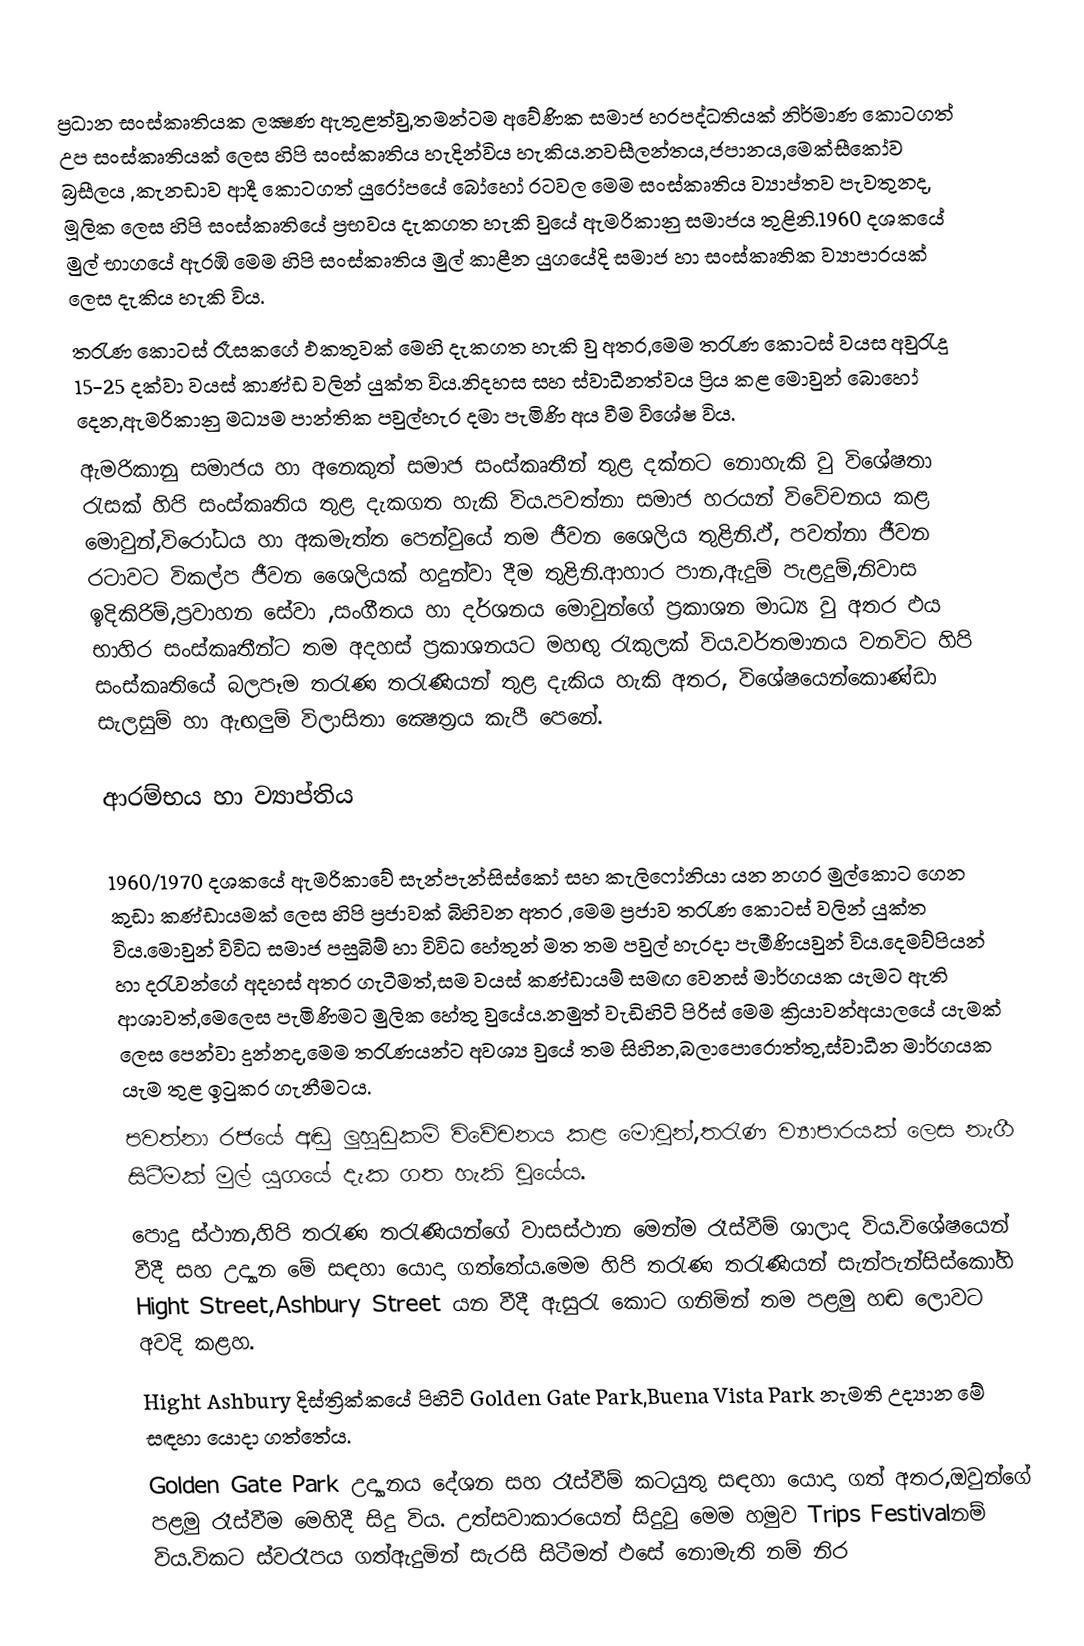
ප්‍රධාන සංස්කෘතියක ලක්‍ෂණ ඇතුළත්වු,තමන්ටම අවේණික සමාජ හරපද්ධතියක් නිර්මාණ කොටගත් උප සංස්කෘතියක් ලෙස හිපි සංස්කෘතිය හැදින්විය හැකිය.නවසීලන්තය,ජපානය,මෙක්සීකෝව  බ්‍රසීලය ,කැනඩාව ආදී කොටගත් යුරෝපයේ ‍බෝහෝ රටවල මෙම සංස්කෘතිය  ව්‍යාප්තව පැවතුනද, මූලික ලෙස හිපි සංස්කෘති‍යේ ප්‍රභවය දැකගත හැකි වුයේ ඇමරිකානු සමාජය තුළිනි.1960 දශකයේ මුල් භාගයේ ඇරඹි මෙම හිපි සංස්කෘතිය මුල් කාළීන යුගයේදි සමාජ හා සංස්කෘතික ව්‍යාපාරයක් ලෙස දැකිය හැකි විය.
තරැණ කොටස් රෑසකගේ ඵකතුවක් මෙහි දැකගත හැකි වු අතර,මෙම තරැණ කොටස් වයස අවුරැදු 15-25 දක්වා වයස් කාණ්ඩ වලින් යුක්ත විය.නිදහස සහ ස්වාධීනත්වය ප්‍රිය කළ මොවුන් බොහෝ දෙන,ඇමරිකානු මධ්‍යම පාන්තික පවුල්හැර දමා පැමිණි අය වීම විශේෂ විය.
ඇමරිකානු සමාජය හා අනෙකුත් සමාජ සංස්කෘතීන් තුළ දක්නට නොහැකි වු විශේෂතා රැසක් හිපි සංස්කෘතිය තුළ දැකගත හැකි විය.පවත්නා සමාජ හරයන් විවේචනය කළ මොවුන්,විරෝධය හා අකමැත්ත පෙන්වුයේ තම ජීවන ශෛලිය තුළිනි.ඵ්, පවත්නා ජීවන රටාවට විකල්ප ජීවන ශෛලියක් හදුන්වා දීම තුළිනි.ආහාර පාන,ඇදුම් පැළදුම්,නිවාස ඉදිකිරිම්,ප්‍රවාහන සේවා ,සංගීතය හා දර්ශනය මොවුන්ගේ ප්‍රකාශන මාධ්‍ය වු අතර ඵය භාහිර සංස්කෘතීන්ට තම අදහස් ප්‍රකාශනයට මහඟු රැකුලක් විය.වර්තමානය වනවිට හිපි සංස්කෘතියේ බලපෑම තරැණ තරැණියන් තුළ දැකිය හැකි අතර, විශේෂයෙන්කොණ්ඩා සැලසුම් හා ඇඟලුම් විලාසිතා ක්‍ෂෙත්‍රය කැපී පෙනේ.

ආරම්භය හා ව්‍යාප්තිය

1960/1970 දශකයේ ඇමරිකාවේ සැන්පැන්සිස්කෝ සහ කැලි‍‍ෆෝනියා යන නගර මුල්කොට ගෙන කුඩා කණ්ඩායමක් ලෙස  හිපි ප්‍රජාවක් බිහිවන අතර ,මෙම ප්‍රජාව තරැණ කොටස් වලින් යුක්ත විය.මොවුන් විවිධ සමාජ පසුබිම් හා විවිධ හේතුන් මත තම පවුල් හැරදා පැමීණියවුන් විය.දෙමව්පියන් හා දරැවන්ගේ අදහස් අතර ගැටීමත්,සම වයස් කණ්ඩායම් සමඟ වෙනස් මාර්ගයක යැමට ඇති ආශාවත්,මෙලෙස පැමිණිමට මුලික හේතු වුයේය.නමුත් වැඩිහිටි පිරිස් මෙම ක්‍රියාවන්අයාලයේ යැමක් ලෙස පෙන්වා දුන්නද,මෙම තරැණයන්ට අවශ්‍ය වුයේ තම සිහින,බලාපොරොත්තු,ස්වාධීන මාර්ගයක යැම තුළ ඉටුකර ගැනීමටය.
පවත්නා රජයේ අඬු ලුහුඩුකම් විවේචනය කළ මොවුන්,තරැණ ව්‍යාපාරයක් ලෙස නැගී සිටීමක් මුල් යුගයේ දැක ගත හැකි වුයේය.
පොදු ස්ථාන,හිපි තරැණ තරැණියන්ගේ වාසස්ථාන මෙන්ම රෑස්වීම් ශාලාද විය.විශේෂයෙන් වීදී සහ උද්‍යාන මේ සඳහා යොදා ගත්තේය.මෙම හිපි තරැණ තරැණියන් සැන්පැන්සිස්කෝහි Hight Street,Ashbury Street යන වීදී ඇසුරැ කොට ගනිමින් තම පළමු හඬ ලොවට අවදි කළහ.
Hight Ashbury දිස්ත්‍රික්කයේ පිහිටි Golden Gate Park,Buena Vista Park නැමති උද්‍යාන මේ සඳහා යොදා ගත්තේය.
Golden Gate Park උද්‍යානය දේශන සහ රෑස්වීම් කටයුතු සඳහා යොදා ගත් අතර,ඔවුන්ගේ පළමු  රෑස්වීම මෙහිදී සිදු විය. උත්සවාකාරයෙන් සිදුවු මෙම හමුව Trips Festivalනම් විය.විකට ස්වරෑපය ගත්ඇදුමින් සැරසි සිටීමත් ඵසේ ‍නොමැති නම් නිර